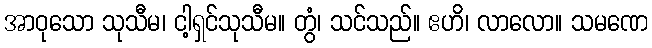
အာဝုသော သုသီမ၊ ငါ့ရှင်သုသီမ။ တွံ၊ သင်သည်။ ဧဟိ၊ လာလော။ သမဏေ